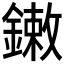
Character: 𨫾